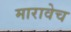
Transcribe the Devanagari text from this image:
मारावेच